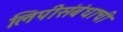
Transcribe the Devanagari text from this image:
लिपीसंबंधाची